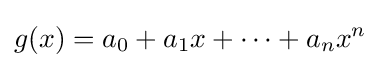
{g(x)}=a_{0}+a_{1}x+\dots +a_{n}x^{n}